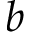
b